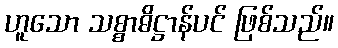
ဟူသော သစ္စာဓိဋ္ဌာန်ပင် ဖြစ်သည်။